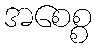
အစေစ္စ